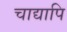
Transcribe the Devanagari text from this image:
चाद्यापि